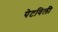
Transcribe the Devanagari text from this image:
पेटविली